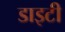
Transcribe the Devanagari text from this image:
डाइटी